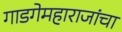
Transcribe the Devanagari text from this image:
गाडगेमहाराजांचा